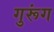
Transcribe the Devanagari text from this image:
गुरूंग